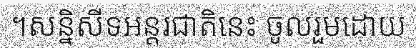
។សន្និសីទអន្តរជាតិនេះ ចូលរួមដោយ